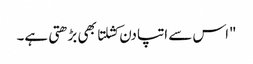
"اس سے اتپادن کشلتا بھی بڑھتی ہے۔